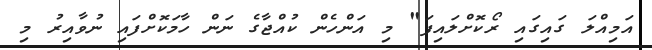
އަމިއްލަ ގައިގައި ރޯކޮށްލައިފަ" މި އަންހެން ކުއްޖާގެ ނަން ހާމަކޮށްފައި ނުވާއިރު މި